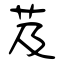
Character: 芨